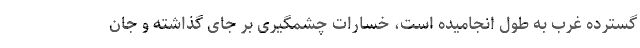
گسترده غرب به طول انجامیده است، خسارات چشمگیری بر جای گذاشته و جان